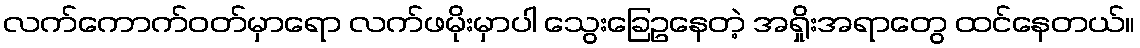
လက်ကောက်ဝတ်မှာရော လက်ဖမိုးမှာပါ သွေးခြေဥနေတဲ့ အရှိုးအရာတွေ ထင်နေတယ်။